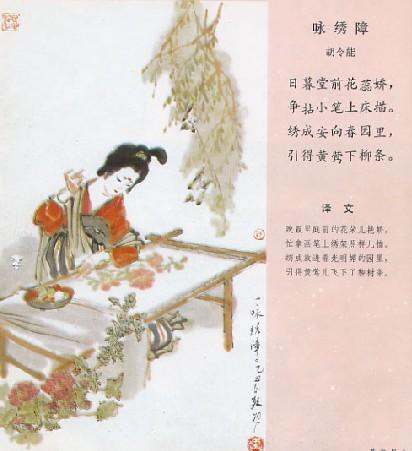
黄莺百舌正相呼，玉树后庭花带雨。